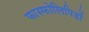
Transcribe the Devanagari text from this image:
फास्फोलिपिडों